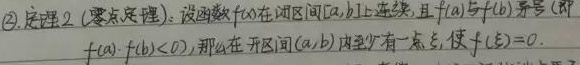
\textcircled{2}. 定理2 (零点定理)：设函数$f(x)$在闭区间$[a,b]$上连续，且$f(a)$与$f(b)$异号（即$f(a)\cdot f(b)<0$），那么在开区间$(a,b)$内至少有一点$\xi$，使$f(\xi)=0$.